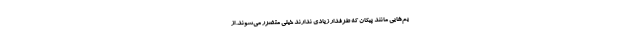
یم‌هایی مانند پیکان که طرفدار زیادی ندارند خیلی متضرر می‌شوند. از